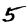
Digit: 5